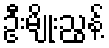
ဦးမျိုးညွန့်